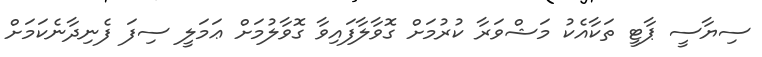
ސިޔާސީ ޕާޓީ ތަކާއެކު މަޝްވަރާ ކުރުމަށް ގޮވާލާފައިވާ ގޮވާލުމަށް ޢަމަލީ ސިފަ ފެނިދާނެކަމަށް